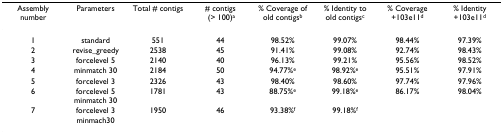
<table><thead><tr><td><b>Assembly number</b></td><td><b>Parameters</b></td><td><b>Total # contigs</b></td><td><b># contigs (&gt; 100)<sup>a</sup></b></td><td><b>% Coverage of old contigs<sup>b</sup></b></td><td><b>% Identity to old contigs<sup>c</sup></b></td><td><b>% Coverage +103e11<sup>d</sup></b></td><td><b>% Identity +103e11<sup>d</sup></b></td></tr></thead><tbody><tr><td>1</td><td>standard</td><td>551</td><td>44</td><td>98.52%</td><td>99.07%</td><td>98.44%</td><td>97.39%</td></tr><tr><td>2</td><td>revise_greedy</td><td>2538</td><td>45</td><td>91.41%</td><td>99.08%</td><td>92.74%</td><td>98.43%</td></tr><tr><td>3</td><td>forcelevel 5</td><td>2140</td><td>40</td><td>96.13%</td><td>99.21%</td><td>95.56%</td><td>98.52%</td></tr><tr><td>4</td><td>minmatch 30</td><td>2184</td><td>50</td><td>94.77%<sup>e</sup></td><td>98.92%<sup>e</sup></td><td>95.51%</td><td>97.91%</td></tr><tr><td>5</td><td>forcelevel 3</td><td>2326</td><td>43</td><td>98.40%</td><td>98.60%</td><td>97.74%</td><td>97.96%</td></tr><tr><td>6</td><td>forcelevel 5 minmatch 30</td><td>1781</td><td>43</td><td>88.75%<sup>e</sup></td><td>99.18%<sup>e</sup></td><td>86.17%</td><td>98.04%</td></tr><tr><td>7</td><td>forcelevel 3 minmach30</td><td>1950</td><td>46</td><td>93.38%<sup>f</sup></td><td>99.18%<sup>f</sup></td><td></td><td></td></tr></tbody></table>